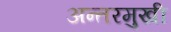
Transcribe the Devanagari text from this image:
अन्तरमुखी